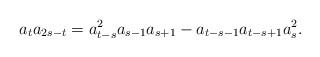
LaTeX: \begin{align*}a_{t}a_{2s-t}=a_{t-s}^2a_{s-1}a_{s+1}-a_{t-s-1}a_{t-s+1}a_{s}^2.\end{align*}